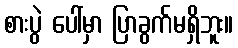
စားပွဲ ပေါ်မှာ ပြာခွက်မရှိဘူး။